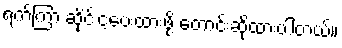
ရက်ကြာ ဆိုင်းငံ့ပေးထားဖို့ တောင်းဆိုထားပါတယ်။